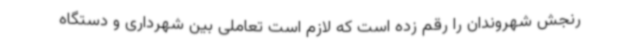
رنجش شهروندان را رقم زده است که لازم است تعاملی بین شهرداری و دستگاه